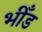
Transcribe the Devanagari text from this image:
भीँड